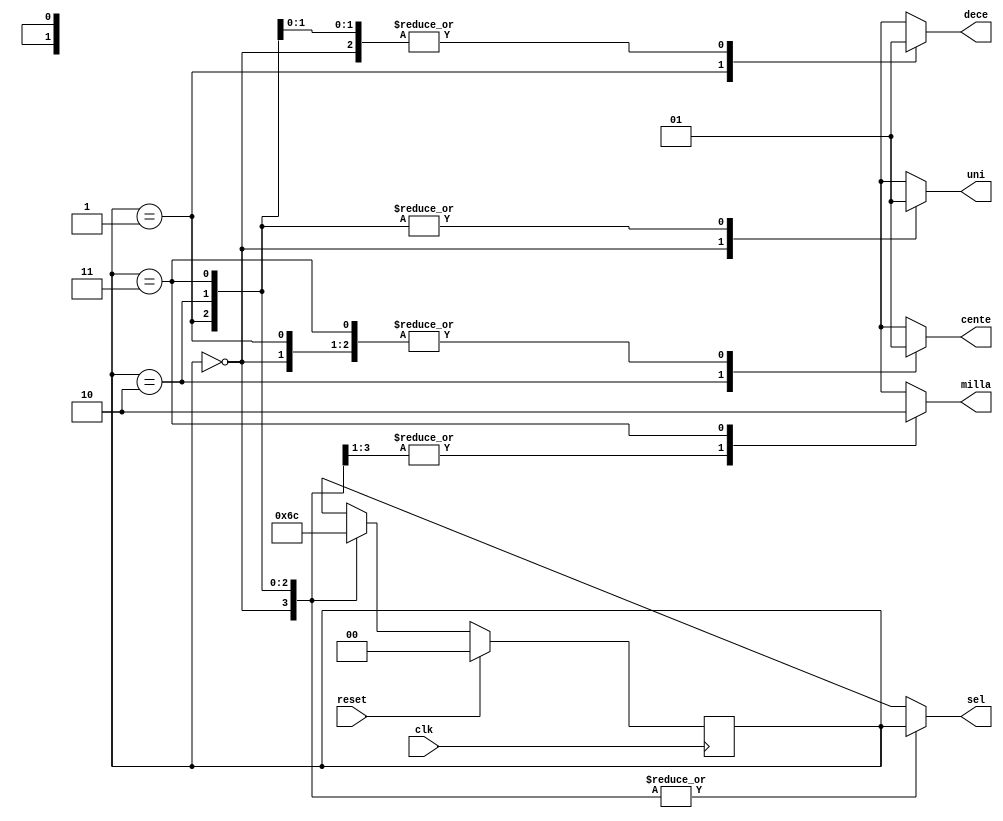
`timescale 1ns / 1ps
//////////////////////////////////////////////////////////////////////////////////
// Company: 
// Engineer: 
// 
// Design Name: 
// Module Name:    Maquina_EstadosDisplay 
// Project Name: 
// Target Devices: 
// Tool versions: 
// Description: 
//
// Dependencies: 
//
// Revision: 
// Revision 0.01 - File Created
// Additional Comments: 
//
//////////////////////////////////////////////////////////////////////////////////
module Maquina_EstadosDisplay(clk,reset,sel,uni,dece,cente,milla
    );
input wire clk,reset;
output reg[1:0]sel;
output reg uni,dece,cente,milla;
reg [1:0] Actual, Siguiente;
parameter S1=2'd0,S2=2'd1,S3=2'd2,S4=2'd3;

always@(posedge clk)begin 
if(reset==1)
Actual<=S1;
else
Actual<=Siguiente;
end
always@(Actual)begin 
case (Actual) 
S1:begin
Siguiente<=S2;
uni<=0;
dece<=1;
cente<=1;
milla<=1;
sel<=Actual;
end
S2:begin
Siguiente<=S3;
uni<=1;
dece<=0;
cente<=1;
milla<=1;
sel<=Actual;
end
S3:begin
Siguiente<=S4;
uni<=1;
dece<=1;
cente<=0;
milla<=1;
sel<=Actual;
end
S4:begin 
Siguiente<=S1;
uni<=1;
dece<=1;
cente<=1;
milla<=0;
sel<=Actual;
end
endcase
end
endmodule